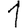
Digit: 1